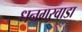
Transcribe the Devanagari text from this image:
धनगरवाडा